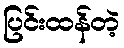
ပြင်းထန်တဲ့